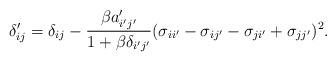
\begin{align*}\delta_{ij}'=\delta_{ij}-\frac{\beta a_{i'j'}'}{1+\beta\delta_{i'j'}}(\sigma_{ii'}-\sigma_{ij'}-\sigma_{ji'}+\sigma_{jj'})^{2}.\end{align*}